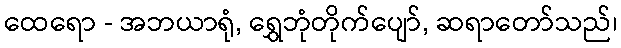
ထေရော - အဘယာရုံ, ရွှေဘုံတိုက်ပျော်, ဆရာတော်သည်၊